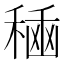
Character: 𮃘